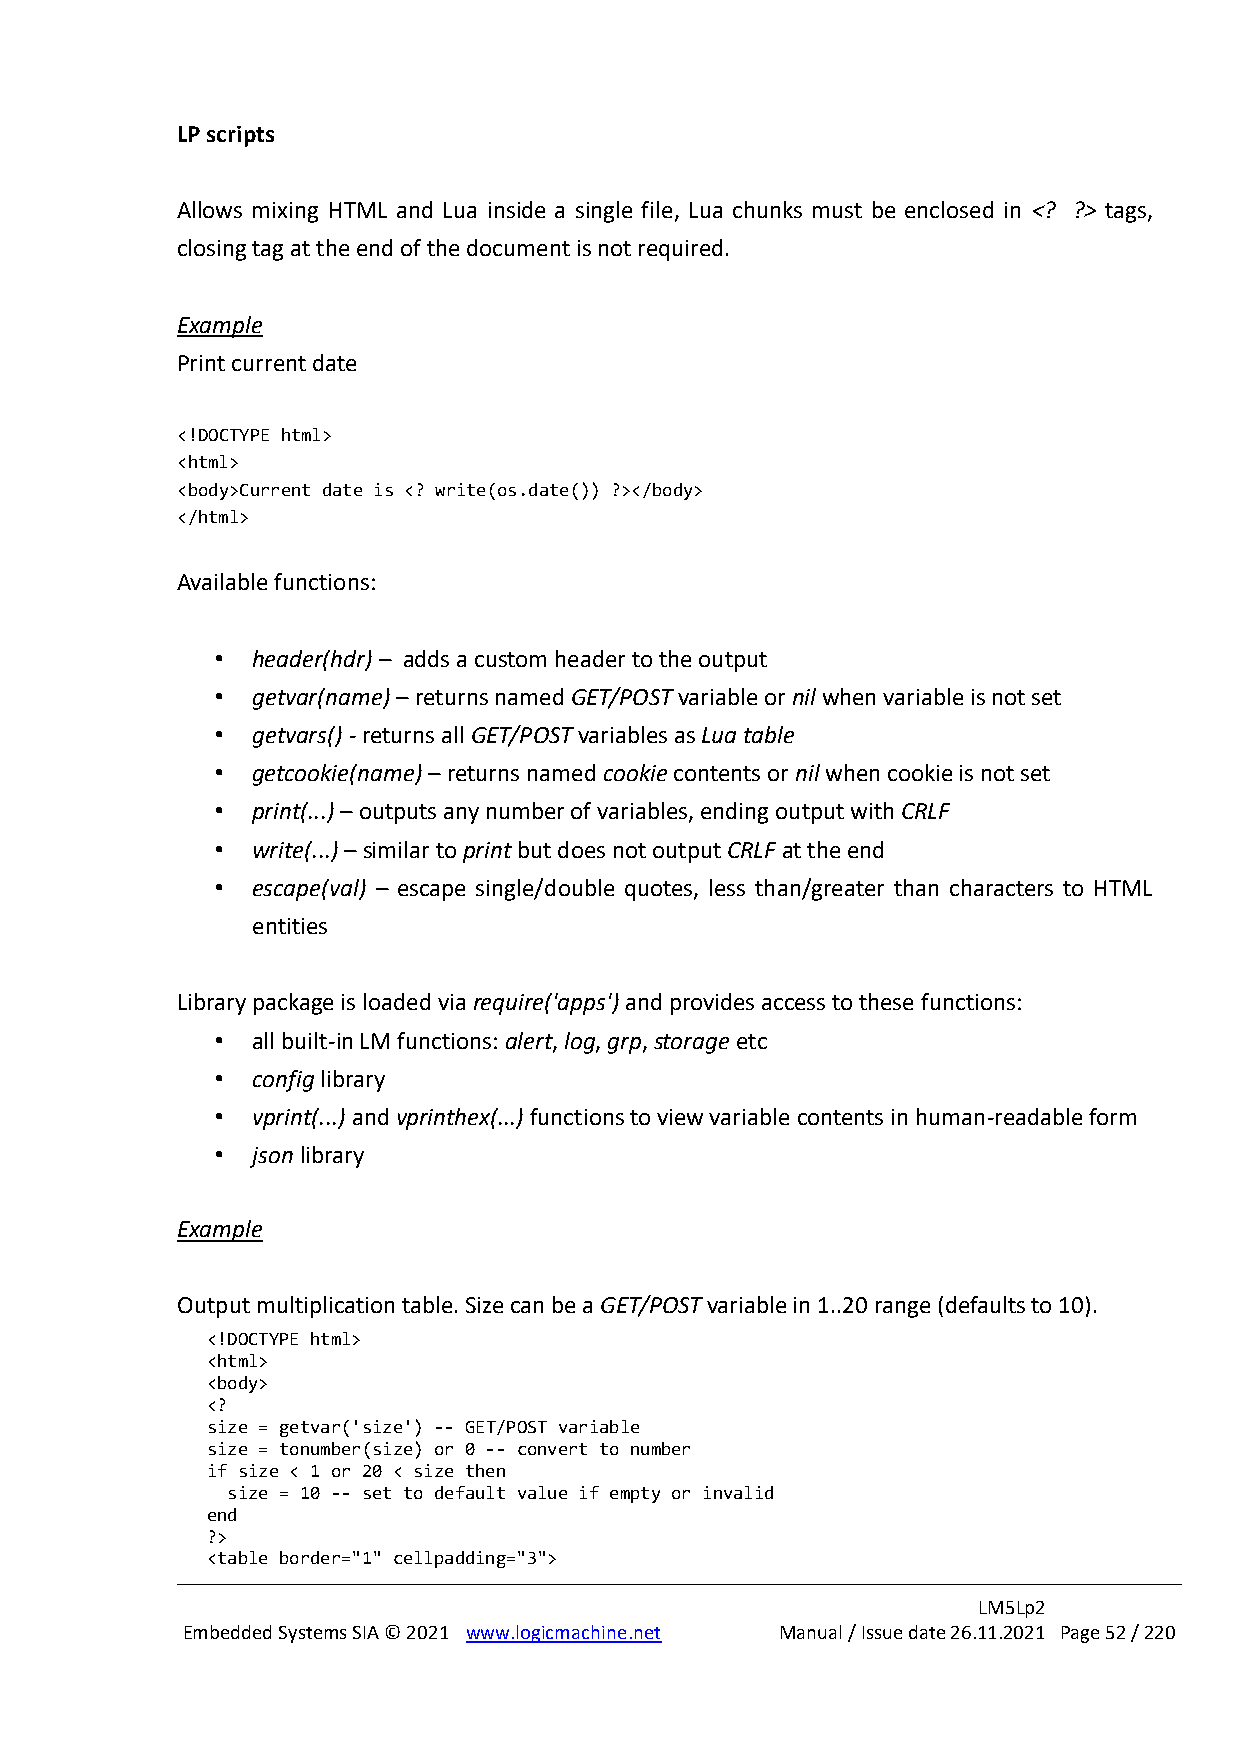
LP scripts
 Allows mixing HTML and Lua inside a single file, Lua chunks must be enclosed in <? ?> tags,
 closing tag at the end of the document is not required.
 Example
 Print current date
 <!DOCTYPE html>
 <html>
 <body>Current date is <? write(os.date()) ?></body>
 </html>
 Available functions:
 •  header(hdr) – adds a custom header to the output
 •  getvar(name) – returns named GET/POST variable or nil when variable is not set
 •  getvars() - returns all GET/POST variables as Lua table
 •  getcookie(name) – returns named cookie contents or nil when cookie is not set
 •  print(...) – outputs any number of variables, ending output with CRLF
 •  write(...) – similar to print but does not output CRLF at the end
 •  escape(val) – escape single/double quotes, less than/greater than characters to HTML
 entities
 Library package is loaded via require('apps') and provides access to these functions:
 •  all built-in LM functions: alert, log, grp, storage etc
 •  config library
 •  vprint(...) and vprinthex(...) functions to view variable contents in human-readable form
 •  json library
 Example
 Output multiplication table. Size can be a GET/POST variable in 1..20 range (defaults to 10).
 <!DOCTYPE html>
 <html>
 <body>
 <?
 size = getvar('size') -- GET/POST variable
 size = tonumber(size) or 0 -- convert to number
 if size < 1 or 20 < size then
 size = 10 -- set to default value if empty or invalid
 end
 ?>
 <table border="1" cellpadding="3">
 LM5Lp2
 Embedded Systems SIA © 2021 www.logicmachine.net Manual / Issue date 26.11.2021 Page 52 / 220